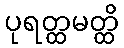
ပုရတ္ထမတ္ထိ